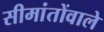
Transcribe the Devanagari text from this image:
सीमांतोंवाले